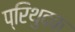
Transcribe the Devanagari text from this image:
प्रिथुदक